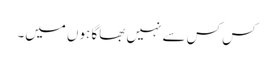
کس کس سے نہیں بھاگا ہوں میں۔